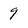
Character: 9